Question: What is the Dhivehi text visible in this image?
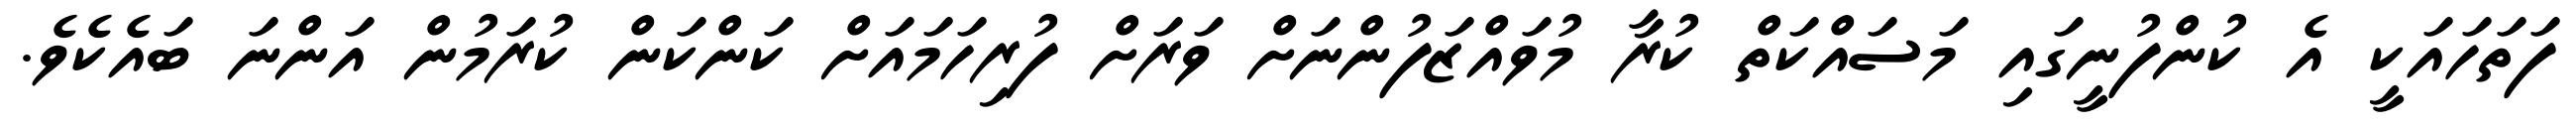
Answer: ފަތަހައަކީ އެ ކުންފުނީގައި މަސައްކަތް ކުރާ މުވައްޒަފުންނަށް ވަރަށް ފުރިހަމައަށް ކަންކަން ކުރަމުން އަންނަ ބައެކެވެ.